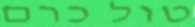
טול כרם